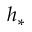
h _ { * }